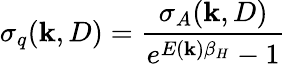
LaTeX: \sigma_{q}(\mathbf{k},D)=\frac{{\sigma_{A}(\mathbf{k},D)}}{{e^{E(\mathbf{k})\beta_{H}}-1}}